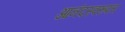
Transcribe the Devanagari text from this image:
आनंदस्वरूपता